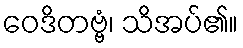
ဝေဒိတဗ္ဗံ၊ သိအပ်၏။